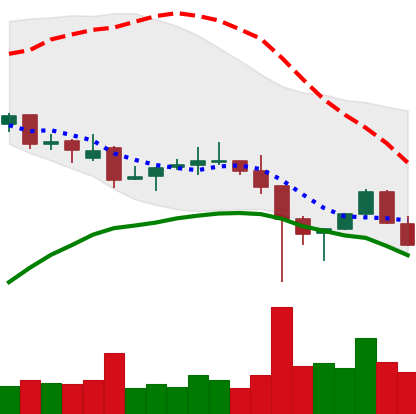
Ticker: LINK-USD
Chart end date: 2021-12-10
Forward return: 6.084%
Label: up_5_7